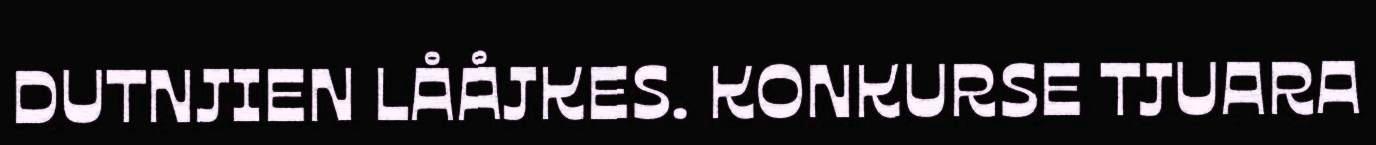
DUTNJIEN LÅÅJKES. KONKURSE TJUARA